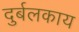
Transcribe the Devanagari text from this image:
दुर्बलकाय